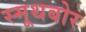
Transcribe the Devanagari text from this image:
स्मूथबोर